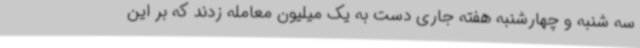
سه شنبه و چهارشنبه هفته جاری دست به یک میلیون معامله زدند که بر این